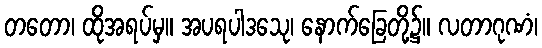
တတော၊ ထိုအရပ်မှ။ အပရပါဒသေု၊ နောက်ခြေတို့၌။ လတာဂုဏံ၊